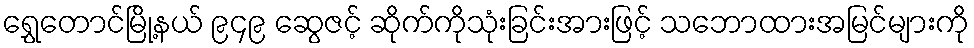
ရွှေတောင်မြို့နယ် ၉၄၉ ဆွေဇင့် ဆိုက်ကိုသုံးခြင်းအားဖြင့် သဘောထားအမြင်များကို